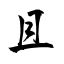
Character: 且